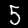
Digit: 5